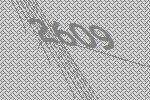
2609